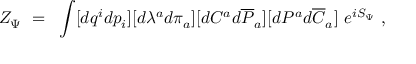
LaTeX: { \cal Z } _ { \Psi } ~ = ~ \int [ d q ^ { i } d p _ { i } ] [ d \lambda ^ { a } d \pi _ { a } ] [ d { \cal C } ^ { a } d { \overline { { { \cal P } } } } _ { a } ] [ d { \cal P } ^ { a } d { \overline { { { \cal C } } } } _ { a } ] ~ e ^ { i S _ { \Psi } } ~ ,